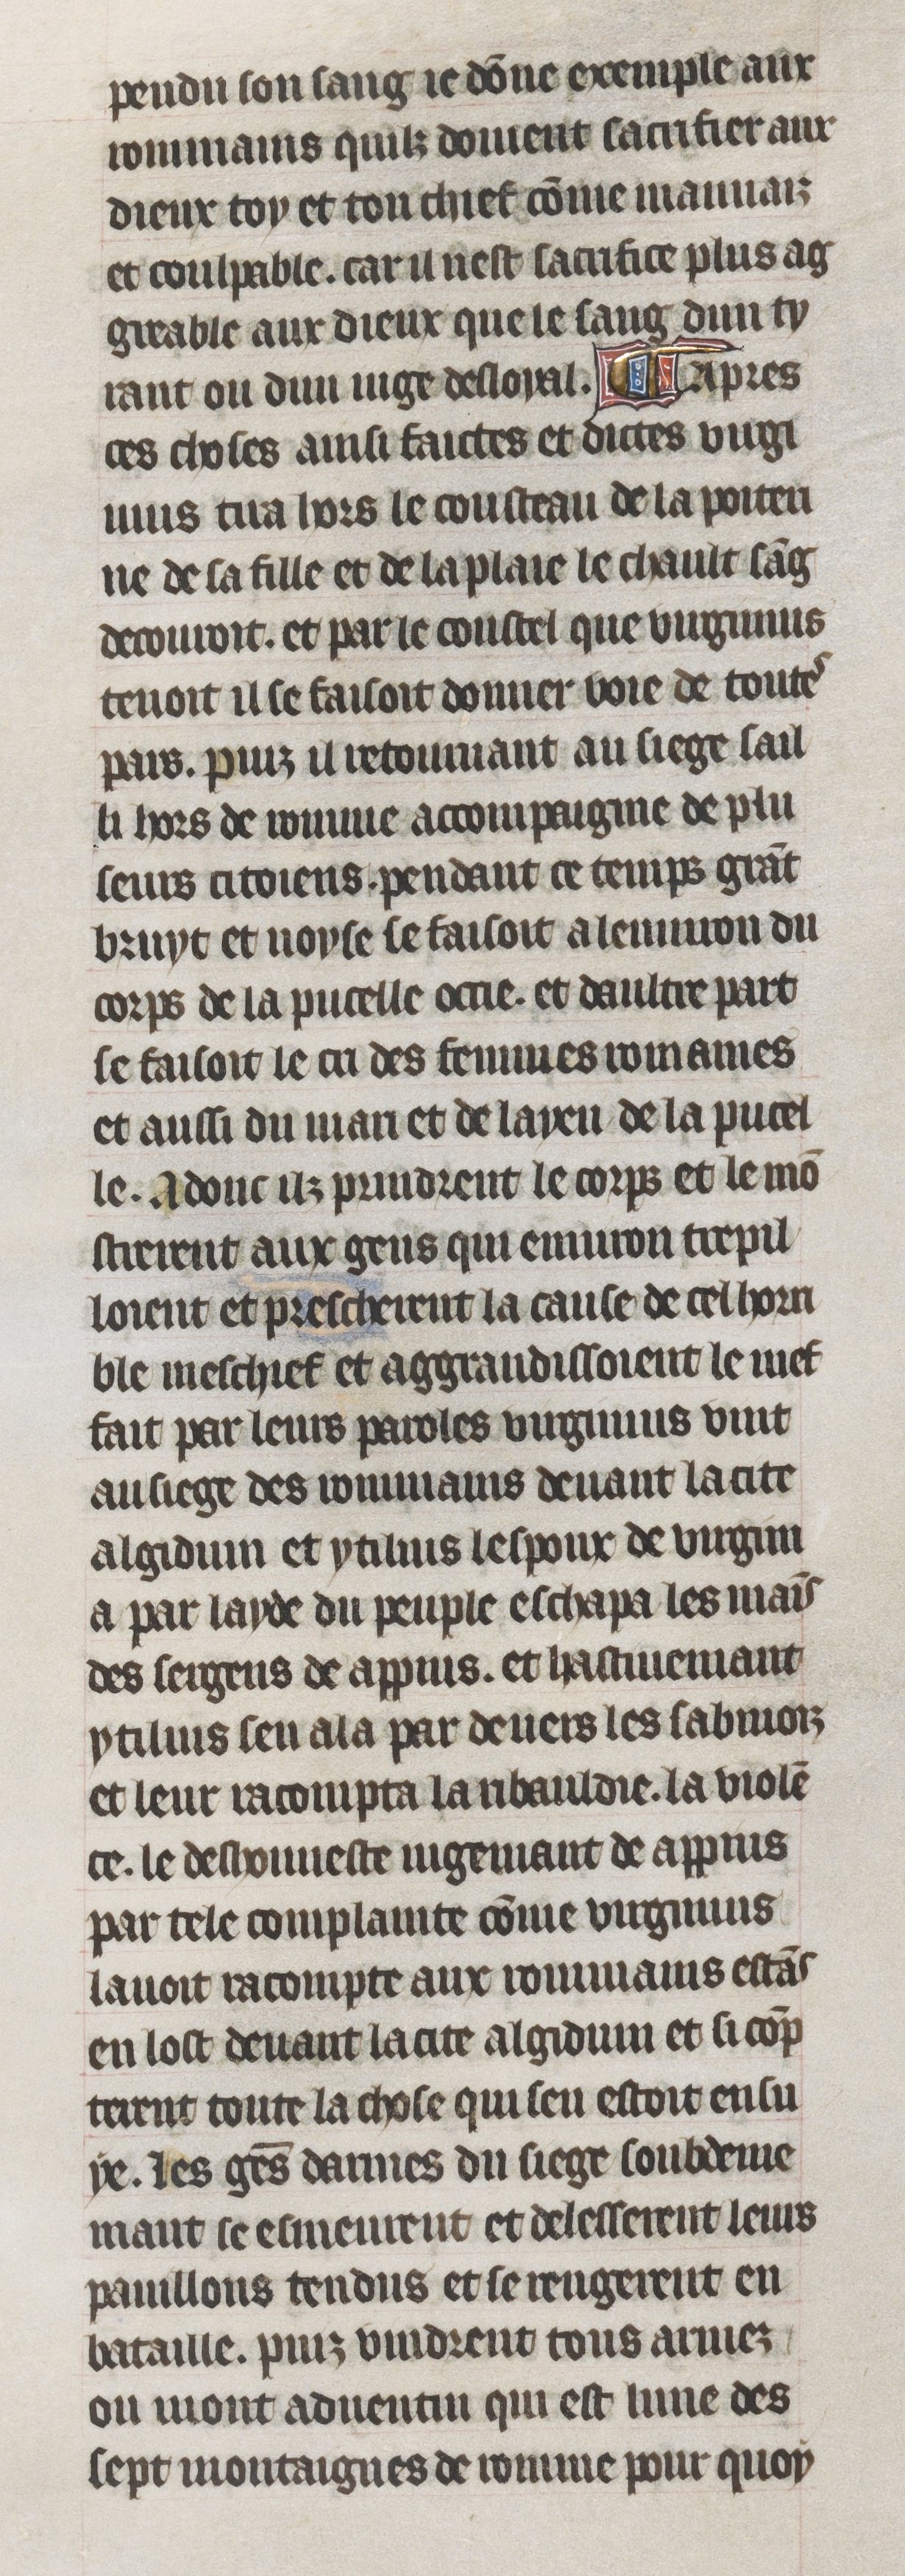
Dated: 1395–1425